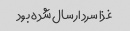
غذا سرد ارسال شده بود